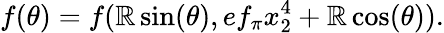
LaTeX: f(\theta)=f(\mathbb{R}\sin(\theta),ef_{\pi}x_{2}^{4}+\mathbb{R}\cos(\theta)).